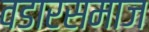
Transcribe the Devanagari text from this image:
वडारसमाज